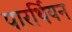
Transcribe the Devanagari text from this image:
पारर्थियन